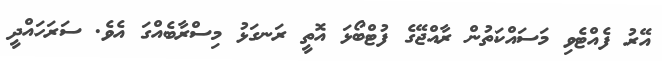
އޭރު ފެއްޓެވި މަސައްކަތުން ރާއްޖޭގެ ފުޓްބޯޅަ އޮތީ ރަނގަޅު މިސްރާބެއްގަ އެވެ. ސަރަހައްދީ